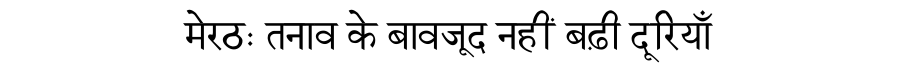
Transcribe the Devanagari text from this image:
मेरठः तनाव के बावजूद नहीं बढ़ी दूरियाँ